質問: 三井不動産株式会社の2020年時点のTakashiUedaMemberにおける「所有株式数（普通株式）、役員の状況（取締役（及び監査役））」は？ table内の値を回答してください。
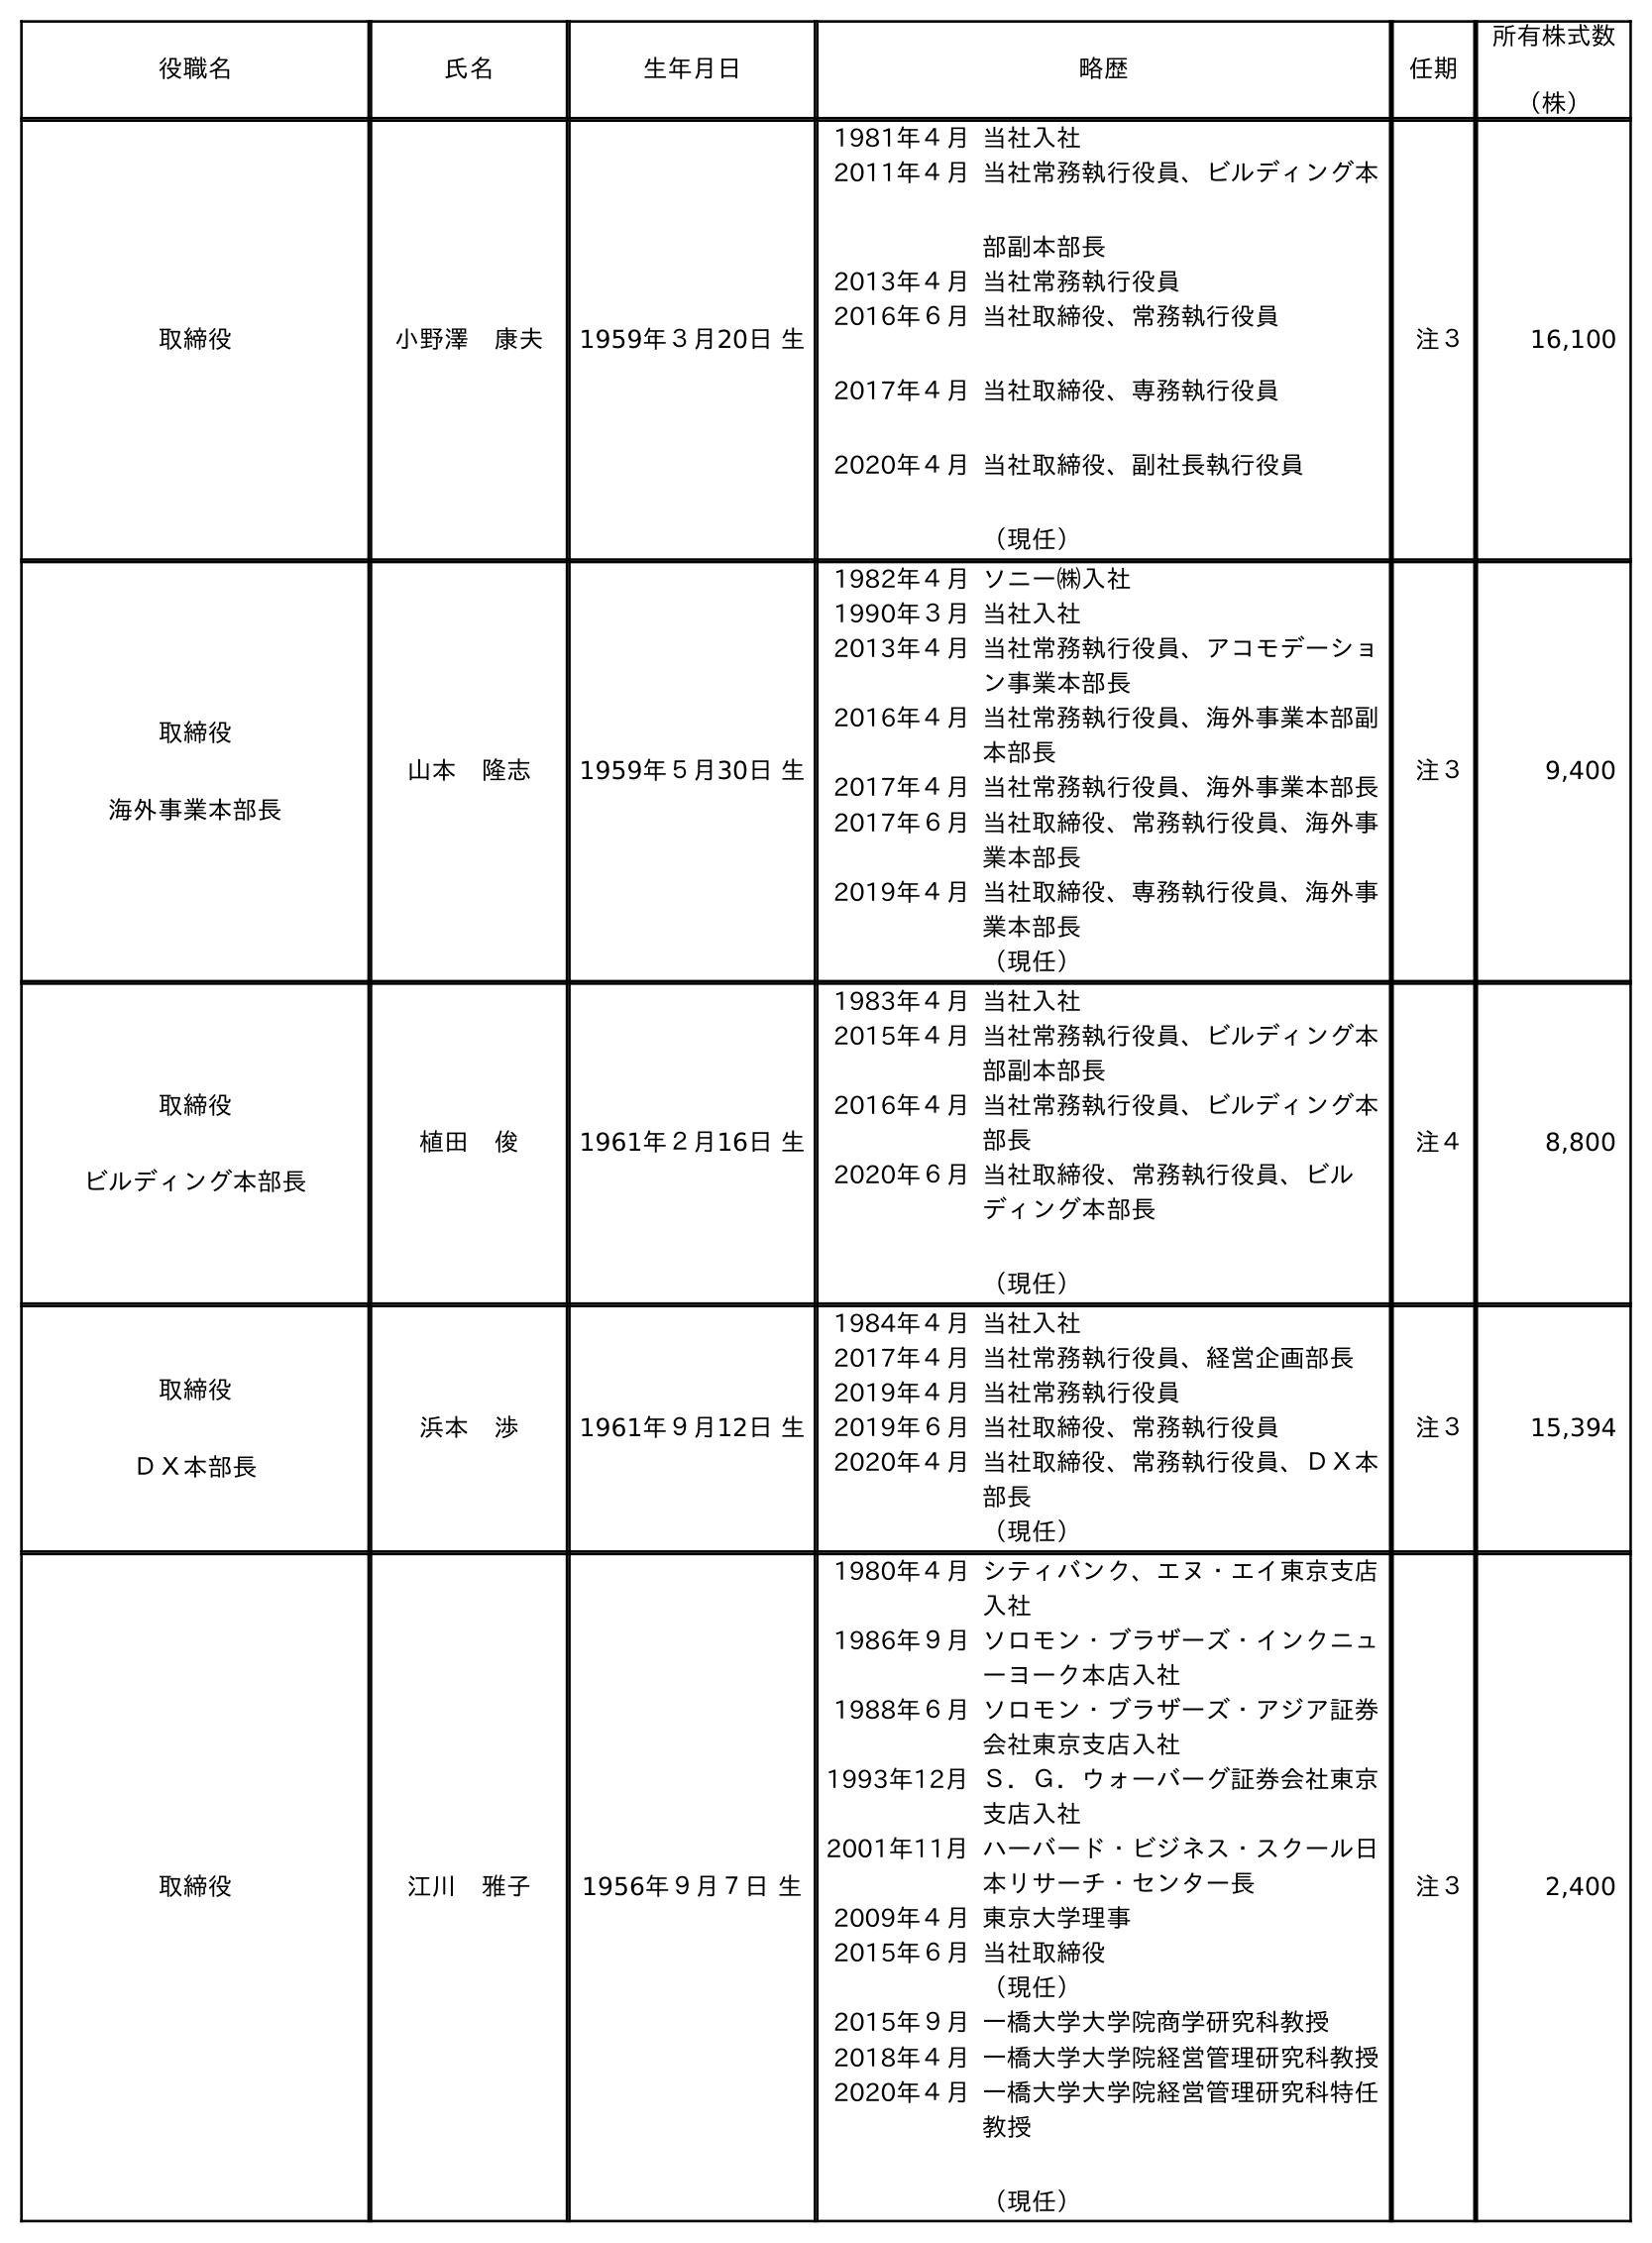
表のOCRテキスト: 役職名 氏名 生年月日 略歴 任期 所有株式数 （株） 取締役 小野澤 康夫 1959年３月20日 生 1981年４月当社入社 2011年４月当社常務執行役員、ビルディング本 部副本部長 2013年４月当社常務執行役員 2016年６月 2017年４月 2020年４月 当社取締役、常務執行役員 当社取締役、専務執行役員 当社取締役、副社長執行役員 （現任） 注３ 16,100 取締役 海外事業本部長 山本 隆志 1959年５月30日 生 1982年４月ソニー㈱入社 1990年３月当社入社 2013年４月当社常務執行役員、アコモデーショ ン事業本部長 2016年４月当社常務執行役員、海外事業本部副 本部長 2017年４月当社常務執行役員、海外事業本部長 2017年６月当社取締役、常務執行役員、海外事 業本部長 2019年４月当社取締役、専務執行役員、海外事 業本部長 （現任） 注３ 9,400 取締役 ビルディング本部長 植田 俊 1961年２月16日 生 1983年４月当社入社 2015年４月当社常務執行役員、ビルディング本 部副本部長 2016年４月当社常務執行役員、ビルディング本 部長 2020年６月当社取締役、常務執行役員、ビル ディング本部長 （現任） 注４ 8,800 取締役 ＤＸ本部長 浜本 渉 1961年９月12日 生 1984年４月当社入社 2017年４月当社常務執行役員、経営企画部長 2019年４月当社常務執行役員 2019年６月当社取締役、常務執行役員 2020年４月当社取締役、常務執行役員、ＤＸ本 部長 （現任） 注３ 15,394 取締役 江川 雅子 1956年９月７日 生 1980年４月シティバンク、エヌ・エイ東京支店 入社 1986年９月ソロモン・ブラザーズ・インクニュ ーヨーク本店入社 1988年６月ソロモン・ブラザーズ・アジア証券 会社東京支店入社 1993年12月Ｓ．Ｇ．ウォーバーグ証券会社東京 支店入社 2001年11月ハーバード・ビジネス・スクール日 本リサーチ・センター長 2009年４月東京大学理事 2015年６月当社取締役 （現任） 2015年９月一橋大学大学院商学研究科教授 2018年４月一橋大学大学院経営管理研究科教授 2020年４月一橋大学大学院経営管理研究科特任 教授 （現任） 注３ 2,400
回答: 8,800